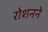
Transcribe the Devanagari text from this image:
रोशनने